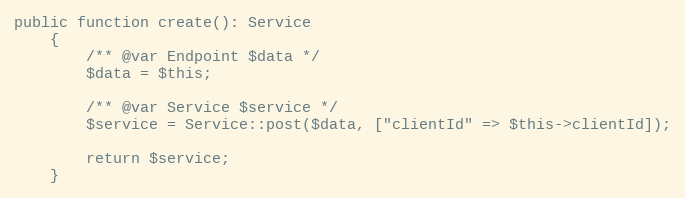
Language: PHP
public function create(): Service
    {
        /** @var Endpoint $data */
        $data = $this;

        /** @var Service $service */
        $service = Service::post($data, ["clientId" => $this->clientId]);

        return $service;
    }